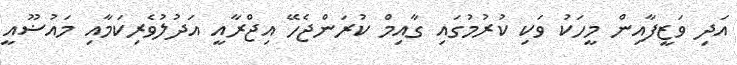
އަދި ވަޒީފާއިން މީހަކު ވަކި ކުރުމުގައި ގާއިމް ކުރަންޖެހޭ އިޖްރާއީ އަދުލުވެރިކަމާއި މައުޟޫއީ